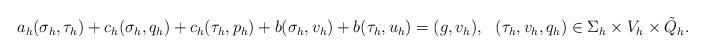
LaTeX: \begin{align*} \begin{aligned} a_h(\sigma_h,\tau_h) + c_h(\sigma_h,q_h) + c_h(\tau_h,p_h) + b(\sigma_h,v_h) + b(\tau_h,u_h) &= (g,v_h), & & (\tau_h,v_h,q_h) \in \Sigma_h \times V_h \times \tilde Q_h. \end{aligned} \end{align*}